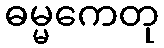
ဓမ္မကေတု